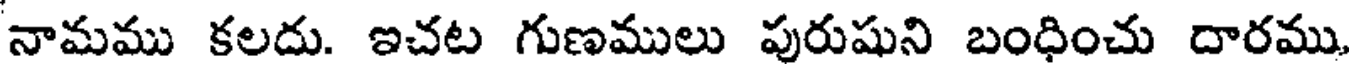
నామము కలదు. ఇచట గుణములు పురుషుని బంధించు దారము.